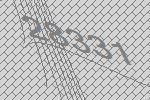
28331